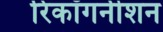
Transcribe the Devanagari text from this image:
रिकॉगनीशन